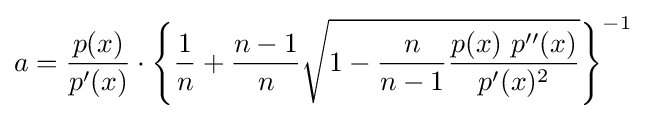
a={\frac {p(x)}{p'(x)}}\cdot {\Biggl \{}{\frac {1}{n}}+{\frac {n-1}{n}}{\sqrt {1-{\frac {n}{n-1}}{\frac {p(x)\ p''(x)}{p'(x)^{2}}}}}{\Biggr \}}^{-1}